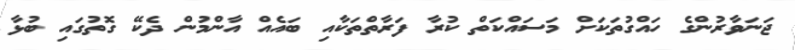
ޖަނަވާރުންގެ ހައްގުތަކަށް މަސައްކަތް ކުރާ ފަރާތްތަކާއި ބައެއް އާންމުން ދެކޭ ގޮތުގައި ބުޅާ